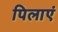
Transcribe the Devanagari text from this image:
पिलाएं